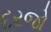
દરજો